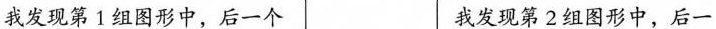
我发现第1组图形中，后一个我发现第2组图形中，后一